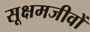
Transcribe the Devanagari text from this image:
सूक्षमजीवों